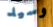
وسيد